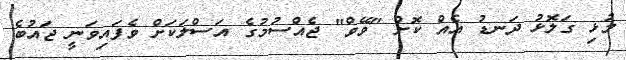
މުޅި ގަލޮޅު ދަނޑު އެއް ކޮށް "ވޭވް" ޖެއްސުމުގެ އަސްލަކަށް ވެފައިވަނީ ޖައުބެ